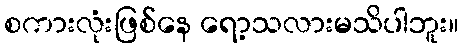
စကားလုံးဖြစ်နေ ရော့သလားမသိပါဘူး။